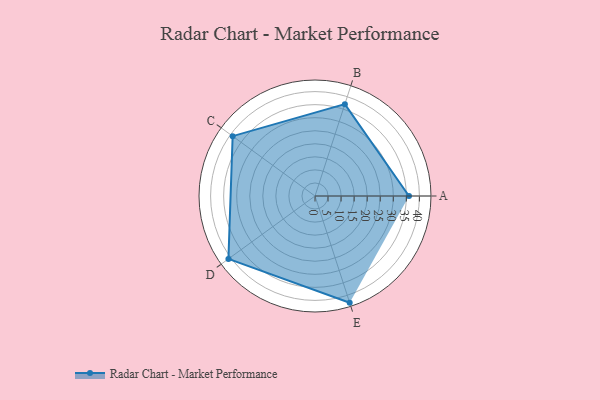
{"axis": {"x": "Skill", "y": "Score"}, "legend": ["Profile"], "data": [{"x": "A", "y": 36.0, "type": "Profile"}, {"x": "B", "y": 37.0, "type": "Profile"}, {"x": "C", "y": 39.0, "type": "Profile"}, {"x": "D", "y": 41.0, "type": "Profile"}, {"x": "E", "y": 43.0, "type": "Profile"}]}